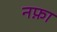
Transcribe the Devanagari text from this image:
नफ़ा